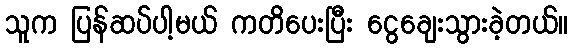
သူက ပြန်ဆပ်ပါ့မယ် ကတိပေးပြီး ငွေချေးသွားခဲ့တယ်။